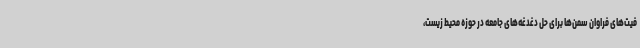
فیت‌های فراوان سمن‌ها برای حل دغدغه‌های جامعه در حوزه محیط زیست،